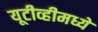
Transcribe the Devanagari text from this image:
यूटीव्हीमध्ये